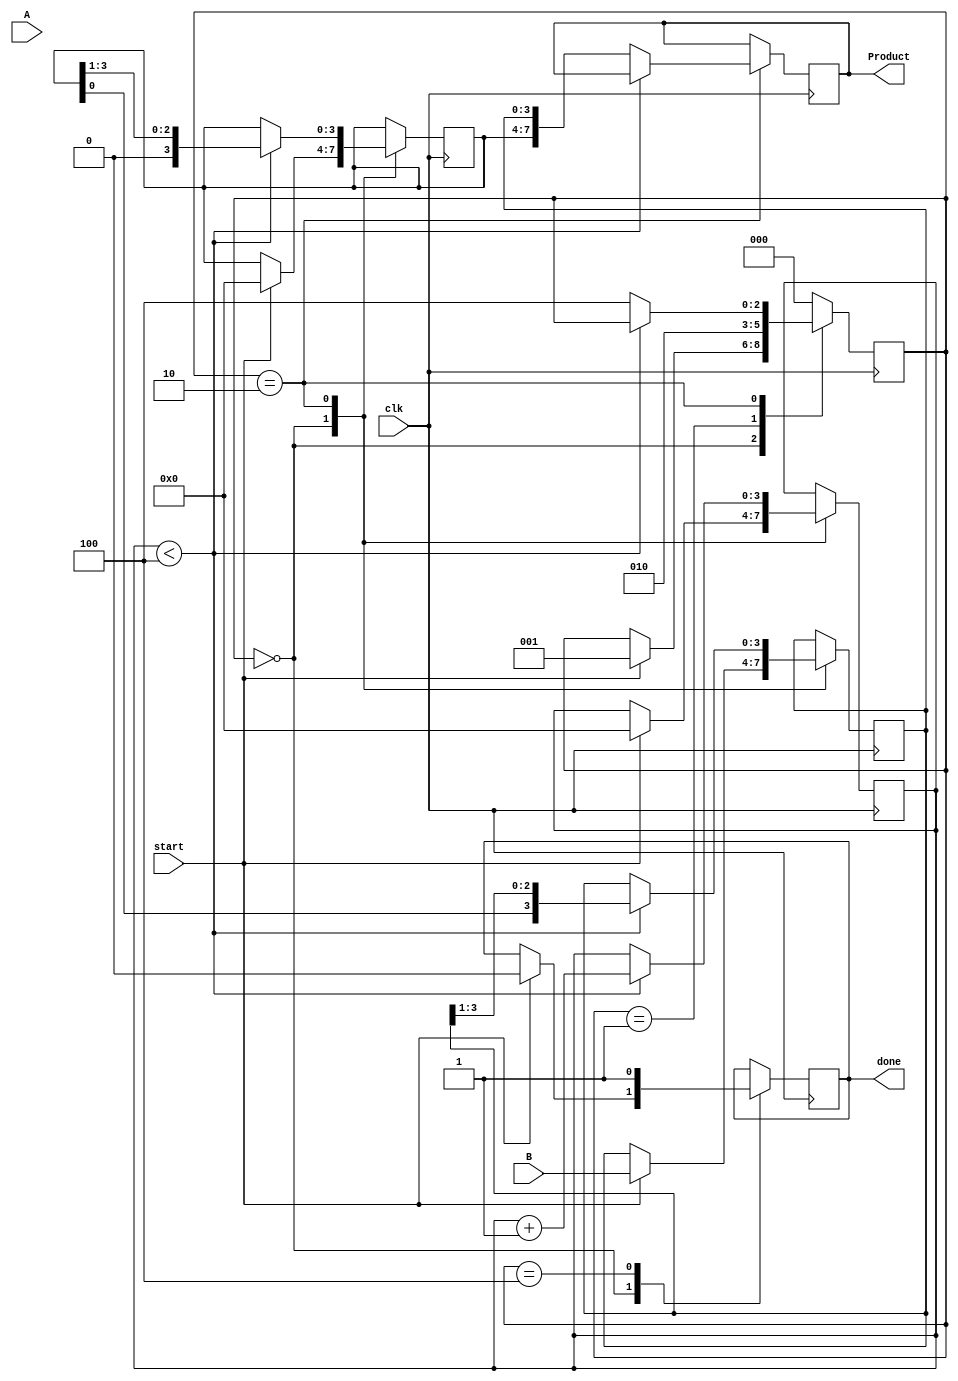
module booth_multiplier #(
    parameter N = 4 // Bit width
)(
    input clk,
    input start,
    input [N-1:0] A, // Multiplicand
    input [N-1:0] B, // Multiplier
    output reg [2*N-1:0] Product, // Result
    output reg done // Signal to indicate completion
);

    reg [N-1:0] M; // Holds the multiplicand
    reg [N-1:0] Q; // Holds the multiplier
    reg [N-1:0] A_reg; // Accumulator
    reg [N:0] Q_1; // Previous Q's LSB + 1 bit for sign
    
    reg [2:0] state; // State for the control logic
    reg [3:0] count; // Count for iterations

    // State encoding
    localparam IDLE = 3'b000,
               INITIALIZE = 3'b001,
               CHECK = 3'b010,
               SHIFT = 3'b011,
               DONE = 3'b100;

    always @(posedge clk) begin
        case (state)
            IDLE: begin
                if (start) begin
                    // Initialize registers
                    M <= A;
                    Q <= B;
                    A_reg <= 0;
                    Q_1 <= 0;
                    count <= 0;
                    state <= INITIALIZE;
                    done <= 0;
                end
            end

            INITIALIZE: begin
                state <= CHECK;
            end

            CHECK: begin
                if (count < N) begin
                    case ({Q[0], Q_1[0]}) // Last two bits: Q[0], Q_1[0]
                        2'b01: A_reg <= A_reg + M; // Add M
                        2'b10: A_reg <= A_reg - M; // Subtract M
                        default: ; // Do nothing
                    endcase

                    // Shift operation
                    {A_reg, Q} <= {A_reg, Q} >> 1; // Arithmetic right shift
                    Q_1 <= Q[0]; // Update the previous LSB
                    count <= count + 1;
                end else begin
                    Product <= {A_reg, Q}; // Combine results
                    state <= DONE;
                end
            end

            DONE: begin
                done <= 1; // Indicate completion
                state <= IDLE; // Go back to idle
            end
            
            default: state <= IDLE; // Reset to IDLE on unknown state
        endcase
    end
    
endmodule